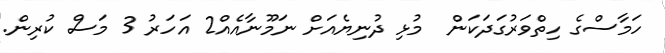
ހަމާސްގެ ހިތްވަރުގަދަކަން  މުޅި ދުނިޔެއަށް ނަމޫނާއެއް2 އަހަރު 3 މަސް ކުރިން.